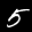
Label: 5